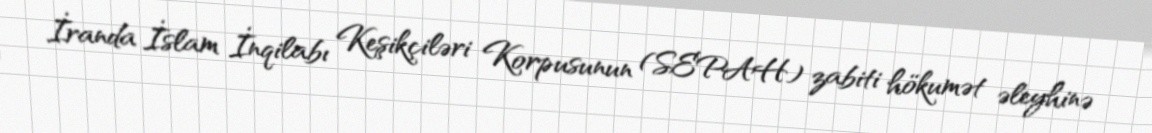
İranda İslam İnqilabı Keşikçiləri Korpusunun (SEPAH) zabiti hökumət əleyhinə